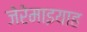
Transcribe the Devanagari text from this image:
जेरेमाइयाह